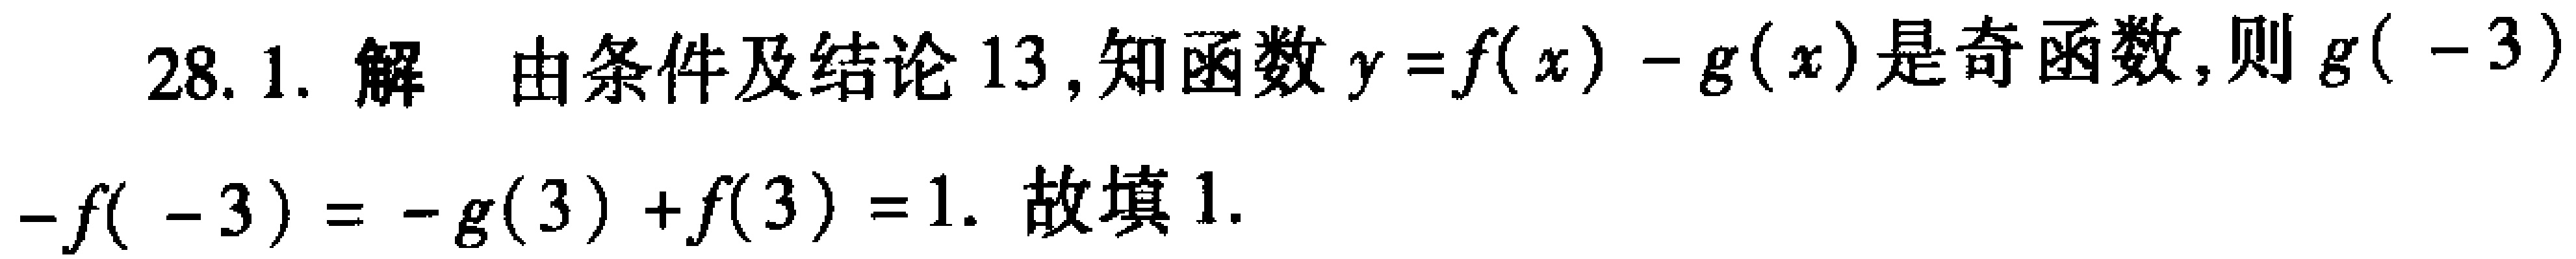
28. 1. 解 由条件及结论 13, 知函数 \(y = f(x)-g(x)\) 是奇函数, 则 \(g(-3)\)

\(-f(-3)=-g(3)+f(3)=1\). 故填 1.